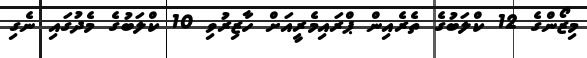
މިޒޯންގެ 12 ކްލަބުގެ ތެރެއިން ޕްރައިމެރީއަށް ހާޒިރުވި 10 ކްލަބުގެ މެދުގައި ނެގި